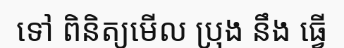
ទៅ ពិនិត្យមើល ប្រុង នឹង ធ្វើ